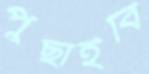
পুঁছাইবি